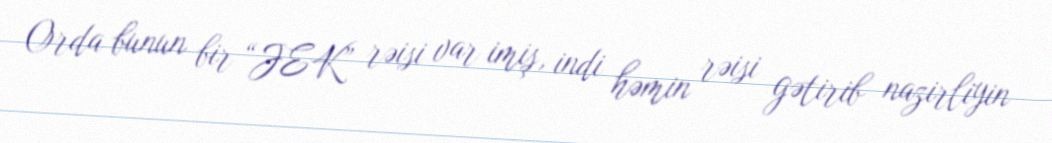
Orda bunun bir “JEK” rəisi var imiş, indi həmin rəisi gətirib nazirliyin